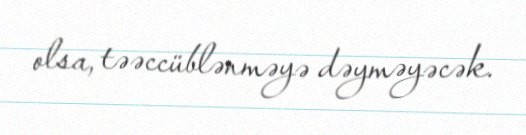
olsa, təəccüblənməyə dəyməyəcək.